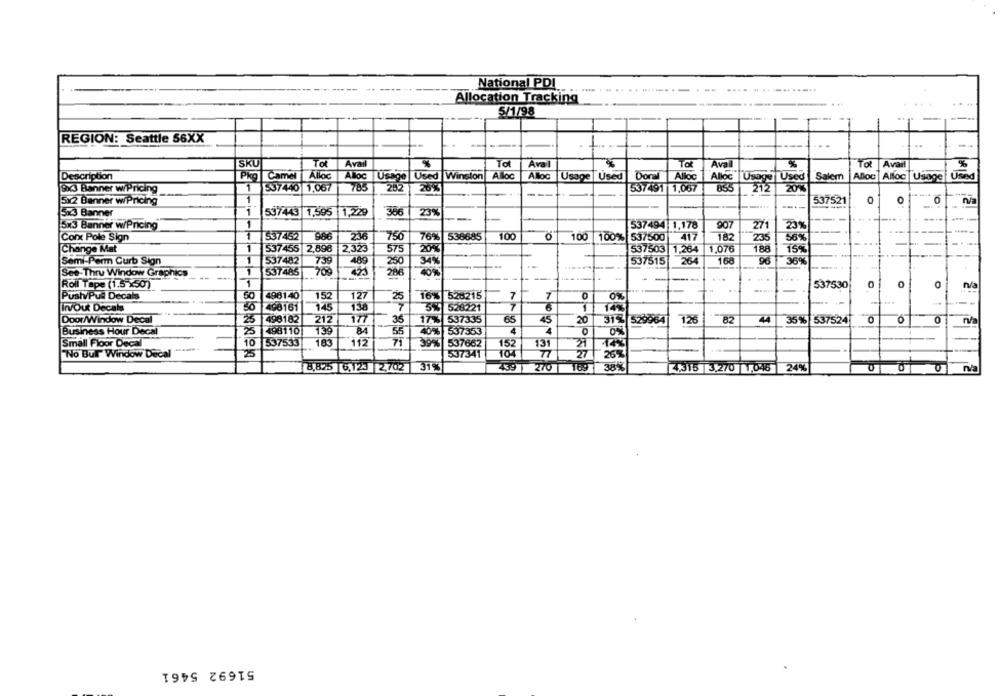
National PDL
Allocation Tracking
--
....
5/1/98
REGION: Seattle 56XX
SKU
Tot
Avail
Aval
Tot
%
Tot Avail
Ával
Description
Pko Camel
Alloc
"Used Winston
Alloc
Alloc
Usage Used
Doral
Alloc
Alloc |Usage Used
Salem
Alloc Alloc Usage Used
1
537440 1,067
785
loc Usage
26%|
537491 1,067
20%
9x3 Hanner w/Pricing
212
5x2 Banner w/Pricing
1
537521
----
5x3 Banner
1
537443 1,595 1,229
366
23%
5x3 Banner w/Pricing
1
537494 1,178
907
271
23%
537452
236
756
76% 538685
100
100 100% 537500
417
18:
Cont Pole Sign
235
56%
Change Mat
1
537455 2,898
2,323
575
537503
1,264
1.076
188
15%
20%
Semi-Perm Curb Sign
1
537482
739
489
250
537515
264
168
96
369
See-Thru Window Graphics
1
537485
-
-700
40%
Roll Tape (1.5 x50)
1
537530
.....
PushyPul Decals
50
496140
152
127
25
16% 528215
7
7
0
0%
50
InvOut Decals
498161
145
138
5% 528221
7
1
14%
Door/Window Decal
25
498182
212
35
17% 537335
65
45
20
31% 529964
126
82
44
35% 537524
O
0
Business Hour Decal
498110
139
55
40% 537353
4
0
0%
71
Small Floor Dec
10
537533
183
112
39% 537662
152
13
21
No Bul" Window Decal
25
537341
104
77
27
26%
8,825 6,123 2,702
31%
459
270
169 38%
4,315 3,270 1,046 24%
51692 5461